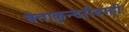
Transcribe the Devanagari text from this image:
बेताकुन्दरीडाही